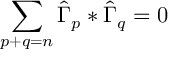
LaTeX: \sum _ { p + q = n } \hat { \Gamma } _ { p } * \hat { \Gamma } _ { q } = 0